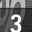
Digit: 3